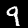
Label: 9